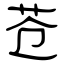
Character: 苍